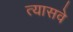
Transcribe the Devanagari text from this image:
त्यासवे